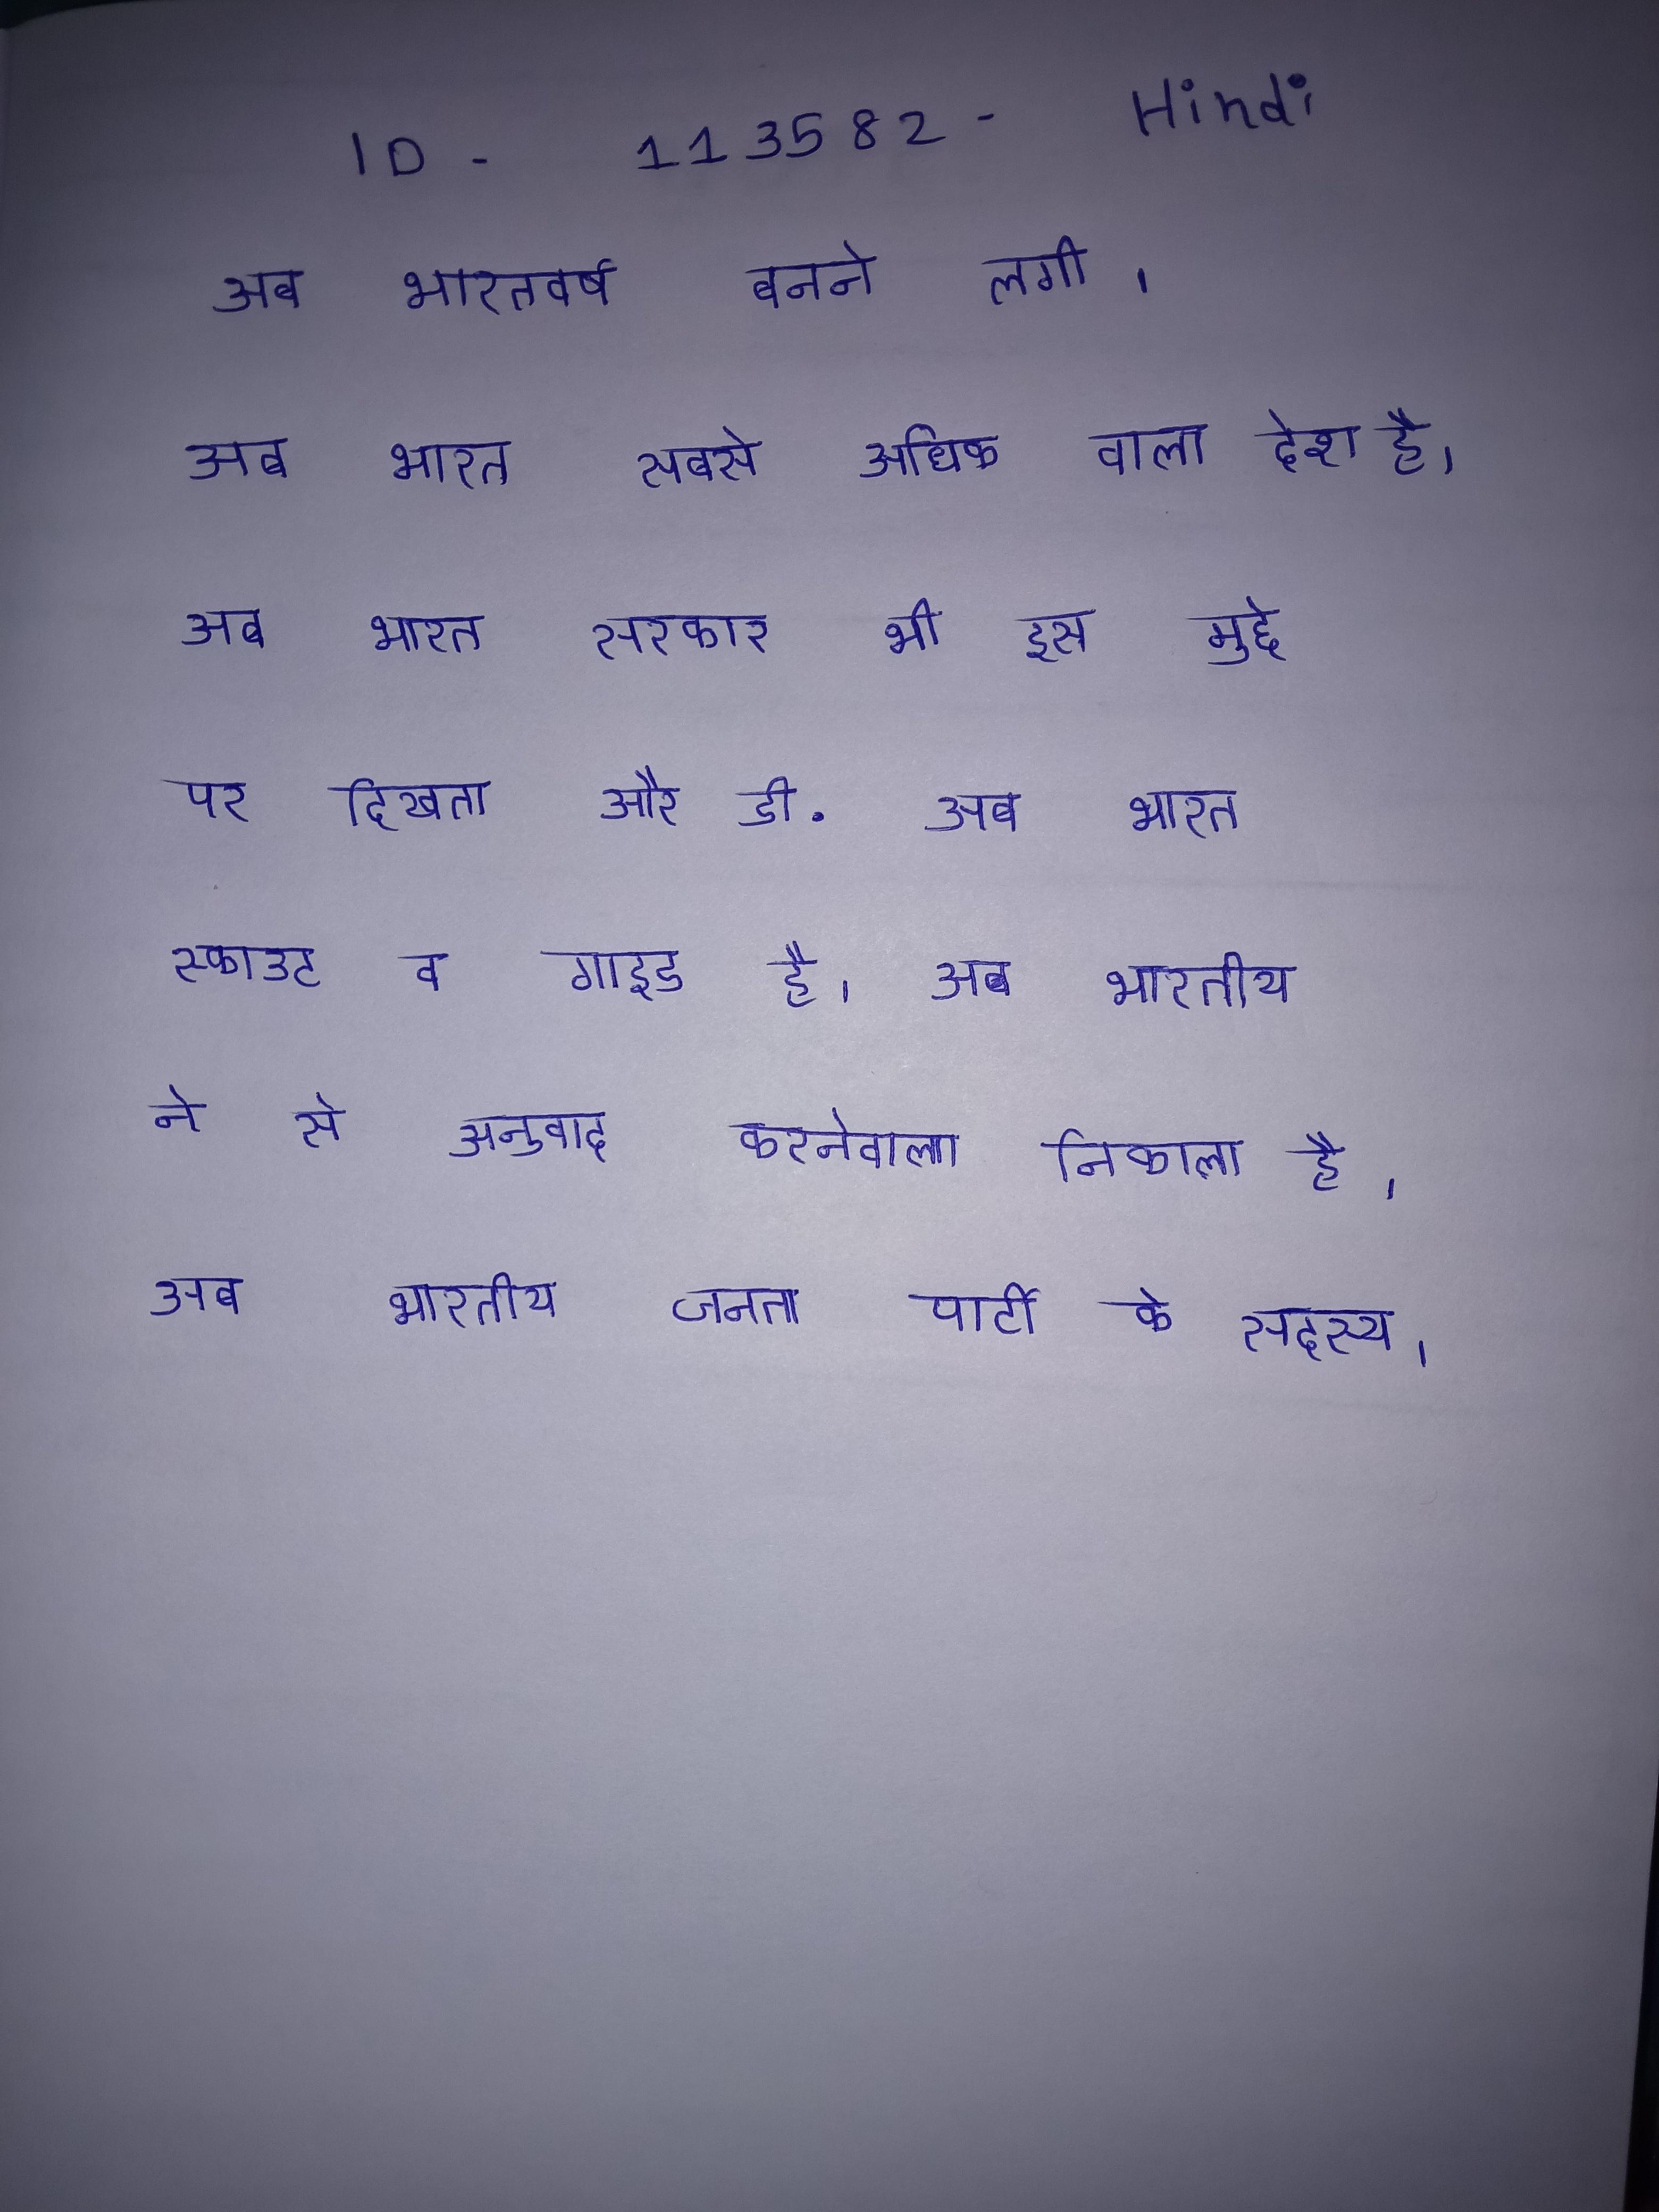
अब भारतवर्ष बनने लगी । अब भारत सबसे अधिक वाला देश है । अब भारत सरकार भी इस मुद्दे पर दिखता और डी . अब भारत स्काउट व गाइड है । अब भारतीय ने से अनुवाद करनेवाला निकाला है । अब भारतीय जनता पार्टी के सदस्य ।